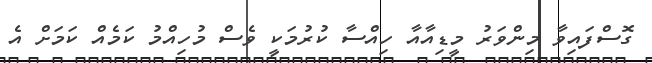
ގޮސްފައިވާ މިންވަރު މީޑިއާއާ ހިއްސާ ކުރުމަކީ ވެސް މުހިއްމު ކަމެއް ކަމަށް އެ